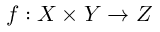
f : X \times Y \rightarrow Z